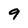
Character: 9